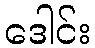
ဒေါင်း